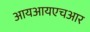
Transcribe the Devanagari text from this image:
आयआयएचआर